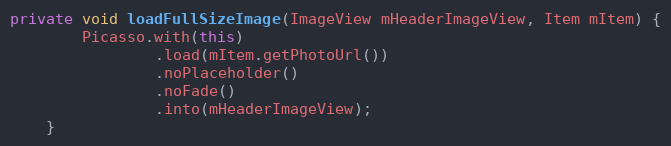
Language: Java
private void loadFullSizeImage(ImageView mHeaderImageView, Item mItem) {
        Picasso.with(this)
                .load(mItem.getPhotoUrl())
                .noPlaceholder()
                .noFade()
                .into(mHeaderImageView);
    }